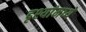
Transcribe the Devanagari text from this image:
दृश्यांमध्ये